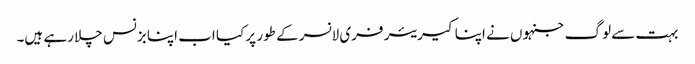
بہت سے لوگ جنہوں نے اپنا کیریئر فری لانسر کے طور پر کیا اب اپنا بزنس چلا رہے ہیں۔